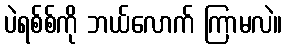
ပဲရစ်စ်ကို ဘယ်လောက် ကြာမလဲ။